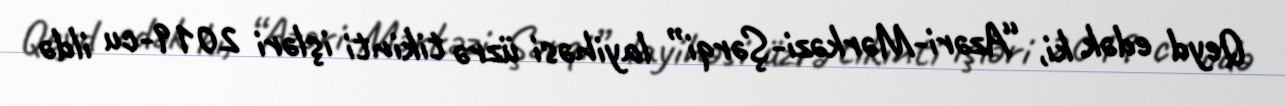
Qeyd edək ki, “Azəri-Mərkəzi-Şərqi” layihəsi üzrə tikinti işləri 2019-cu ildə